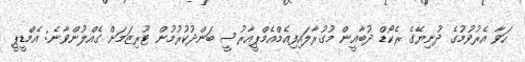
ހަވާ އެރުވުމުގެ ދުނިޔޭގެ ރެކޯޑް ދުބާއީން މުގުރާލައިފިއެމްއެމްޕީއާރުސީ ބަންދުކުރުމުން ޓޫރިޒަމަށް ގެއްލުންވާނެ: އެމްޑީޕީ